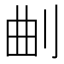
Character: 𭃗